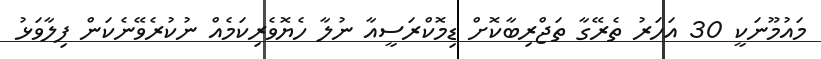
މައުމޫނަކީ 30 އަހަރު ތެރޭގާ ތަޖްރިބާކޮށް ޑިމޮކްރަސީއާ ނުލާ ހެޔޮވެރިކަމެއް ނުކުރެވޭނެކަން ފިލާވަޅު